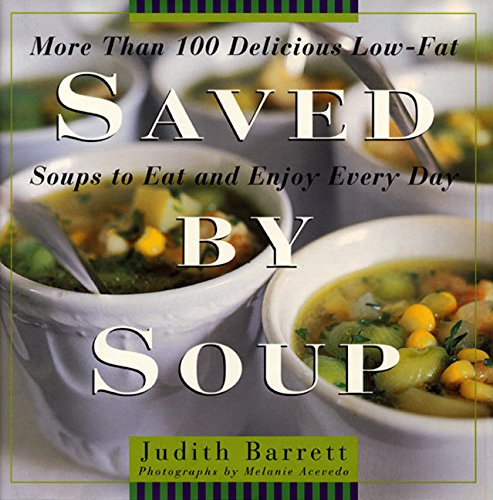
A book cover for Saved By Soup: More Than 100 Delicious Low-Fat Soups To Eat And Enjoy Every Day; Judith Barrett; Cookbooks, Food & Wine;